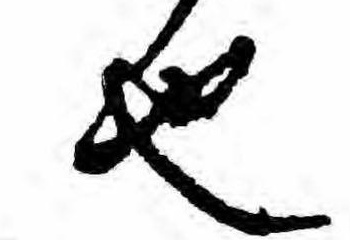
也